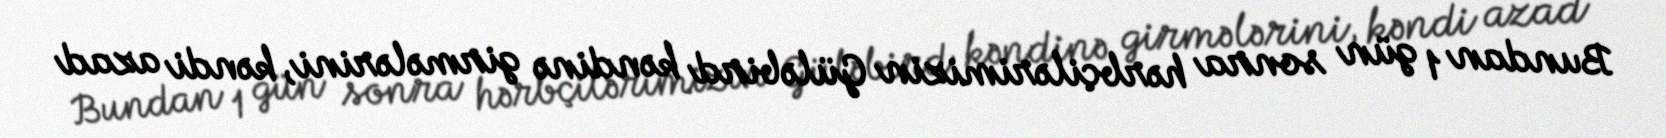
Bundan 1 gün sonra hərbçilərimizin Güləbird kəndinə girmələrini, kəndi azad